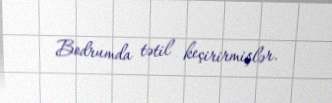
Bodrumda tətil keçirirmişlər.